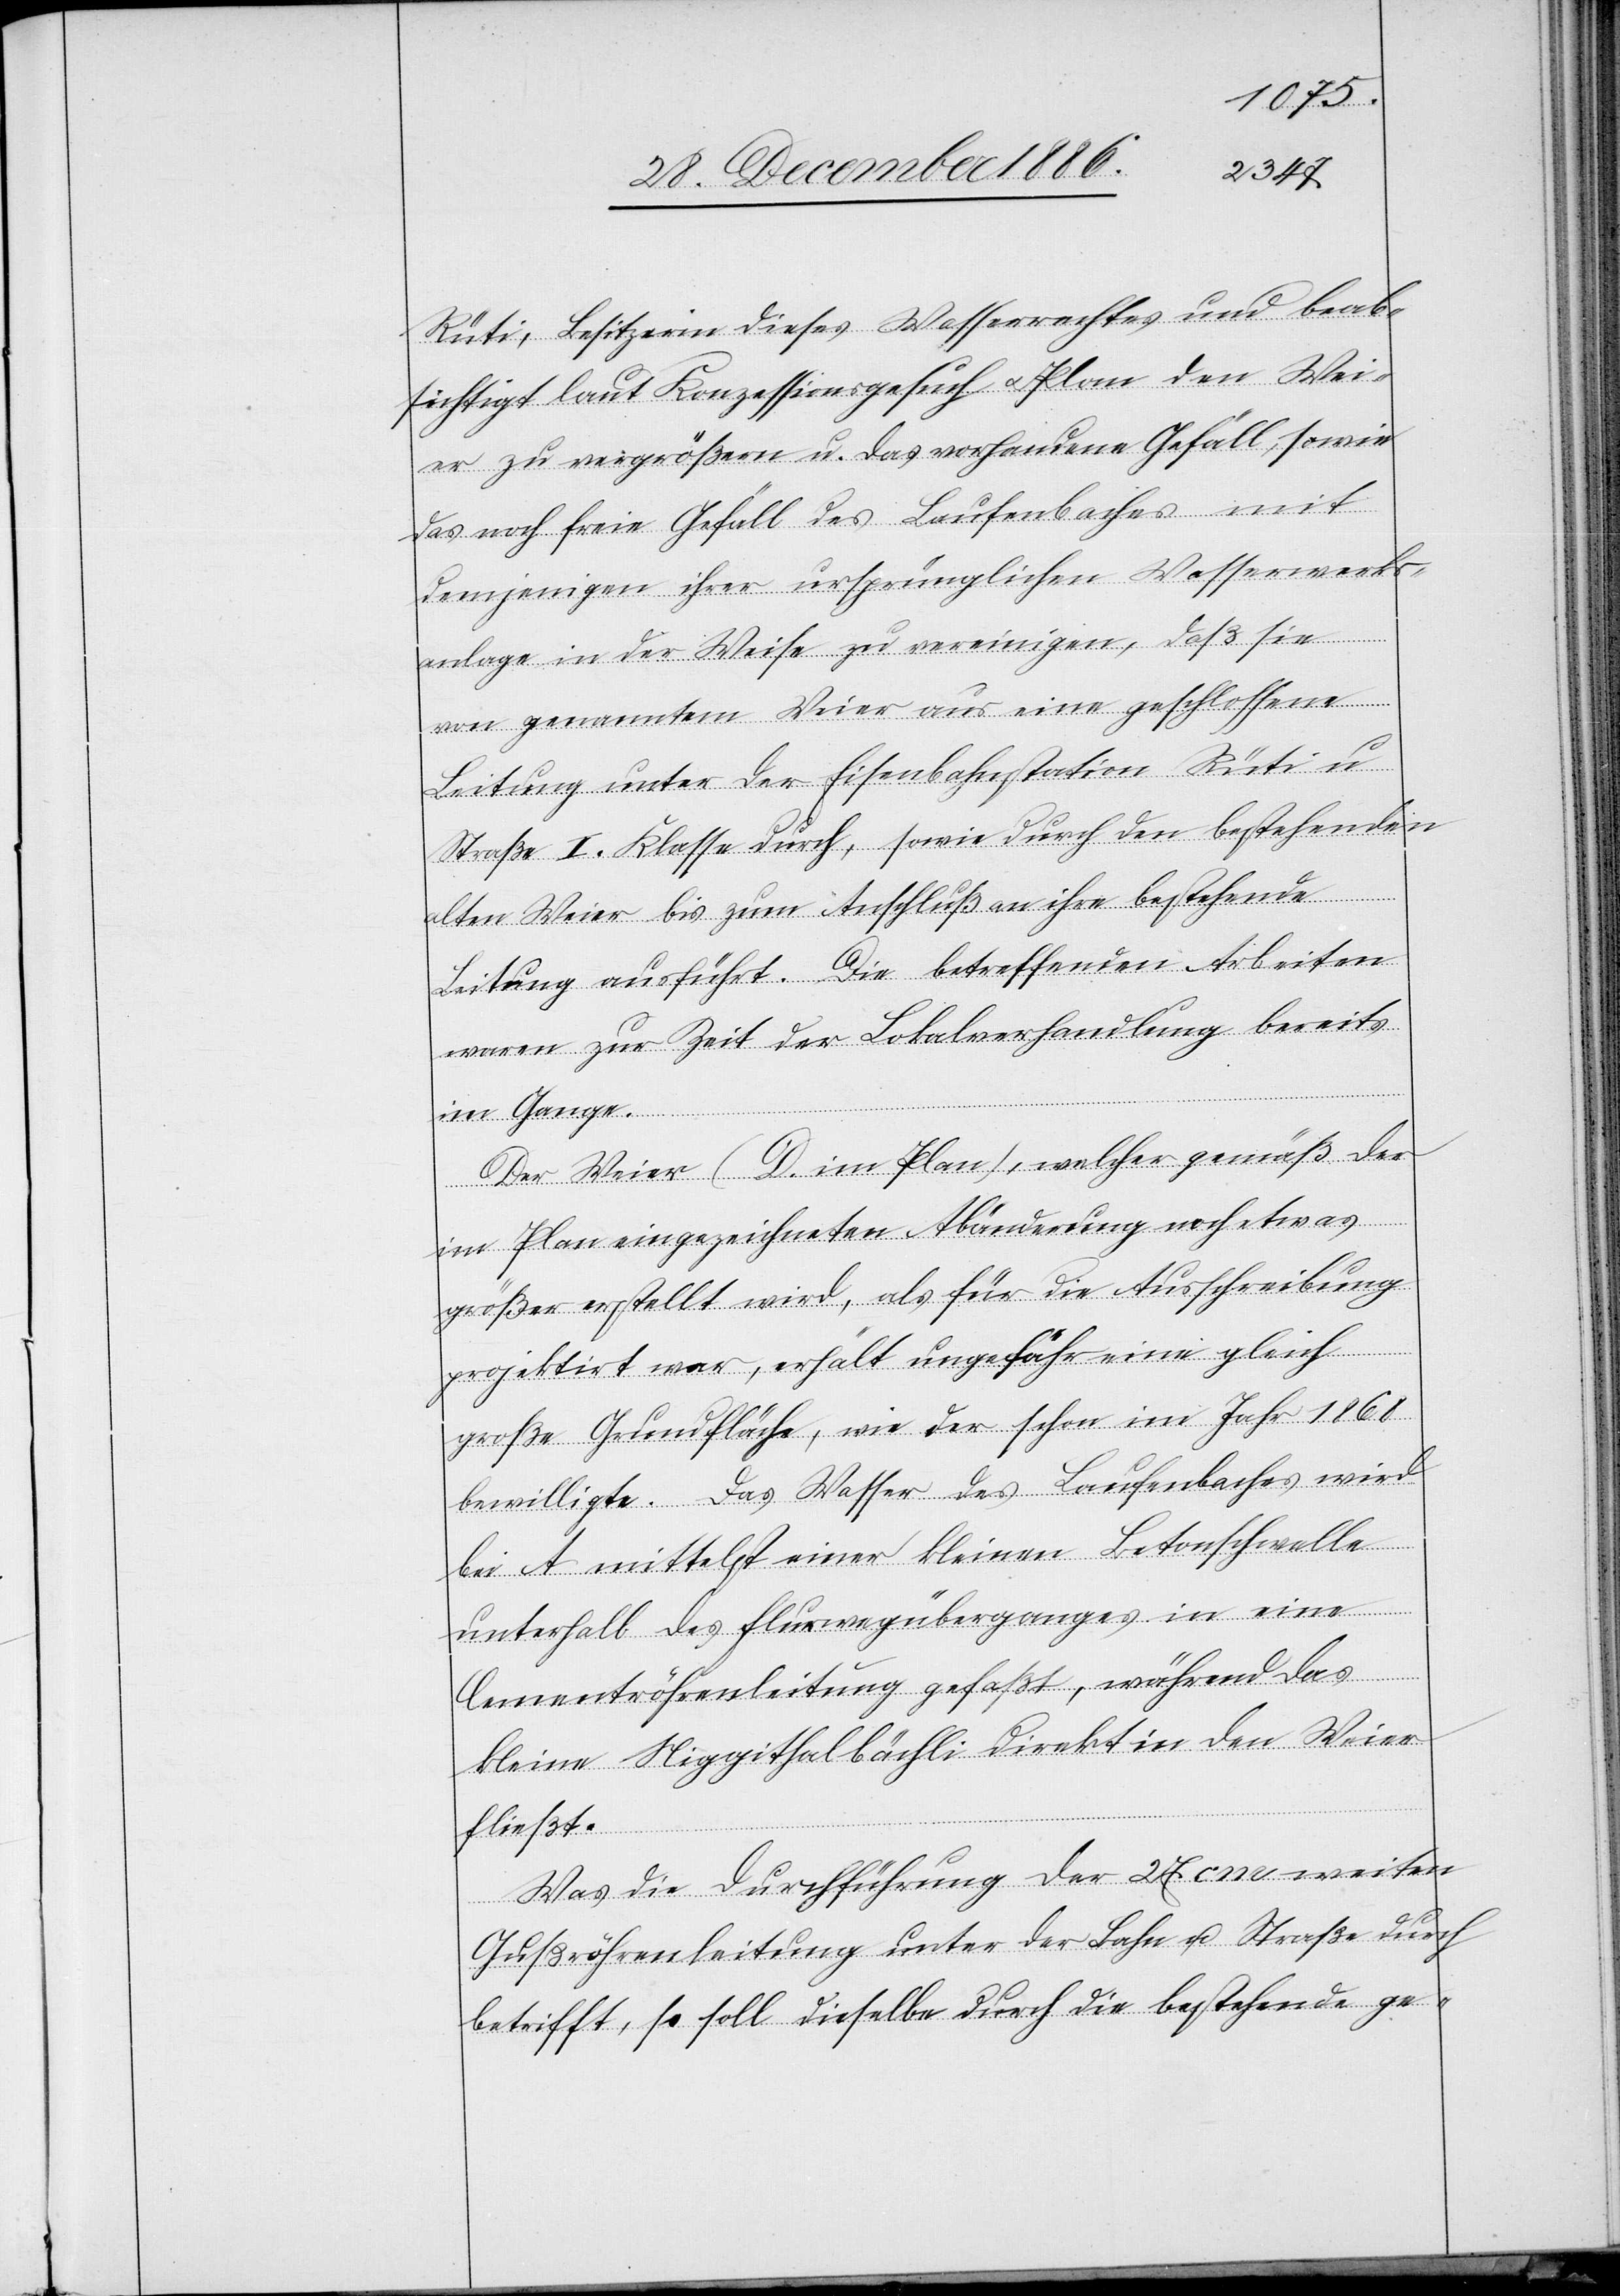
Rüti, Besitzerin dieses Wasserrechtes und beab¬
sichtigt laut Konzessionsgesuch & Plan den Wei¬
er zu vergrößern u. das vorhandene Gefäll, sowie
das noch freie Gefäll des Laufenbaches mit
demjenigen ihrer ursprünglichen Wasserwerks¬
anlage in der Weise zu vereinigen, daß sie
von genanntem Weier aus eine geschlossene
Leitung unter der Eisenbahnstation Rüti u.
Straße I. Klasse durch, sowie durch den bestehenden
alten Weier bis zum Anschluß an ihre bestehende
Leitung ausführt. Die betreffenden Arbeiten
waren zur Zeit der Lokalverhandlung bereits
im Gange.
Der Weier (D. im Plan), welcher gemäß der
im Plan eingezeichneten Abänderung noch etwas
größer erstellt wird, als für die Ausschreibung
projektirt war, erhält ungefähr eine gleich
große Grundfläche, wie der schon im Jahr 1868
bewilligte. Das Wasser des Laufenbaches wird
bei A mittelst einer kleinen Betonschwelle
unterhalb des Flurwegüberganges in eine
Cementröhrenleitung gefaßt, während das
kleine Niggithalbächli direkt in den Weier
fließt.
Was die Durchführung der 27 cm weiten
Gußröhrenleitung unter der Bahn u. Straße durch
betrifft, so soll dieselbe durch die bestehende ge-